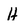
Character: H